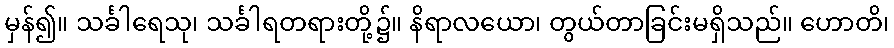
မှန်၍။ သင်္ခါရေသု၊ သင်္ခါရတရားတို့၌။ နိရာလယော၊ တွယ်တာခြင်းမရှိသည်။ ဟောတိ၊